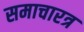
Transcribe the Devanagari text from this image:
समाचारत्र